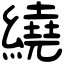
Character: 繞